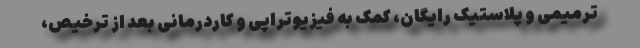
ترمیمی و پلاستیک رایگان، کمک به فیزیوتراپی و کاردرمانی بعد از ترخیص،